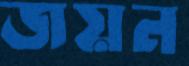
জয়ন